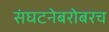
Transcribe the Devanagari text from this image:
संघटनेबरोबरच